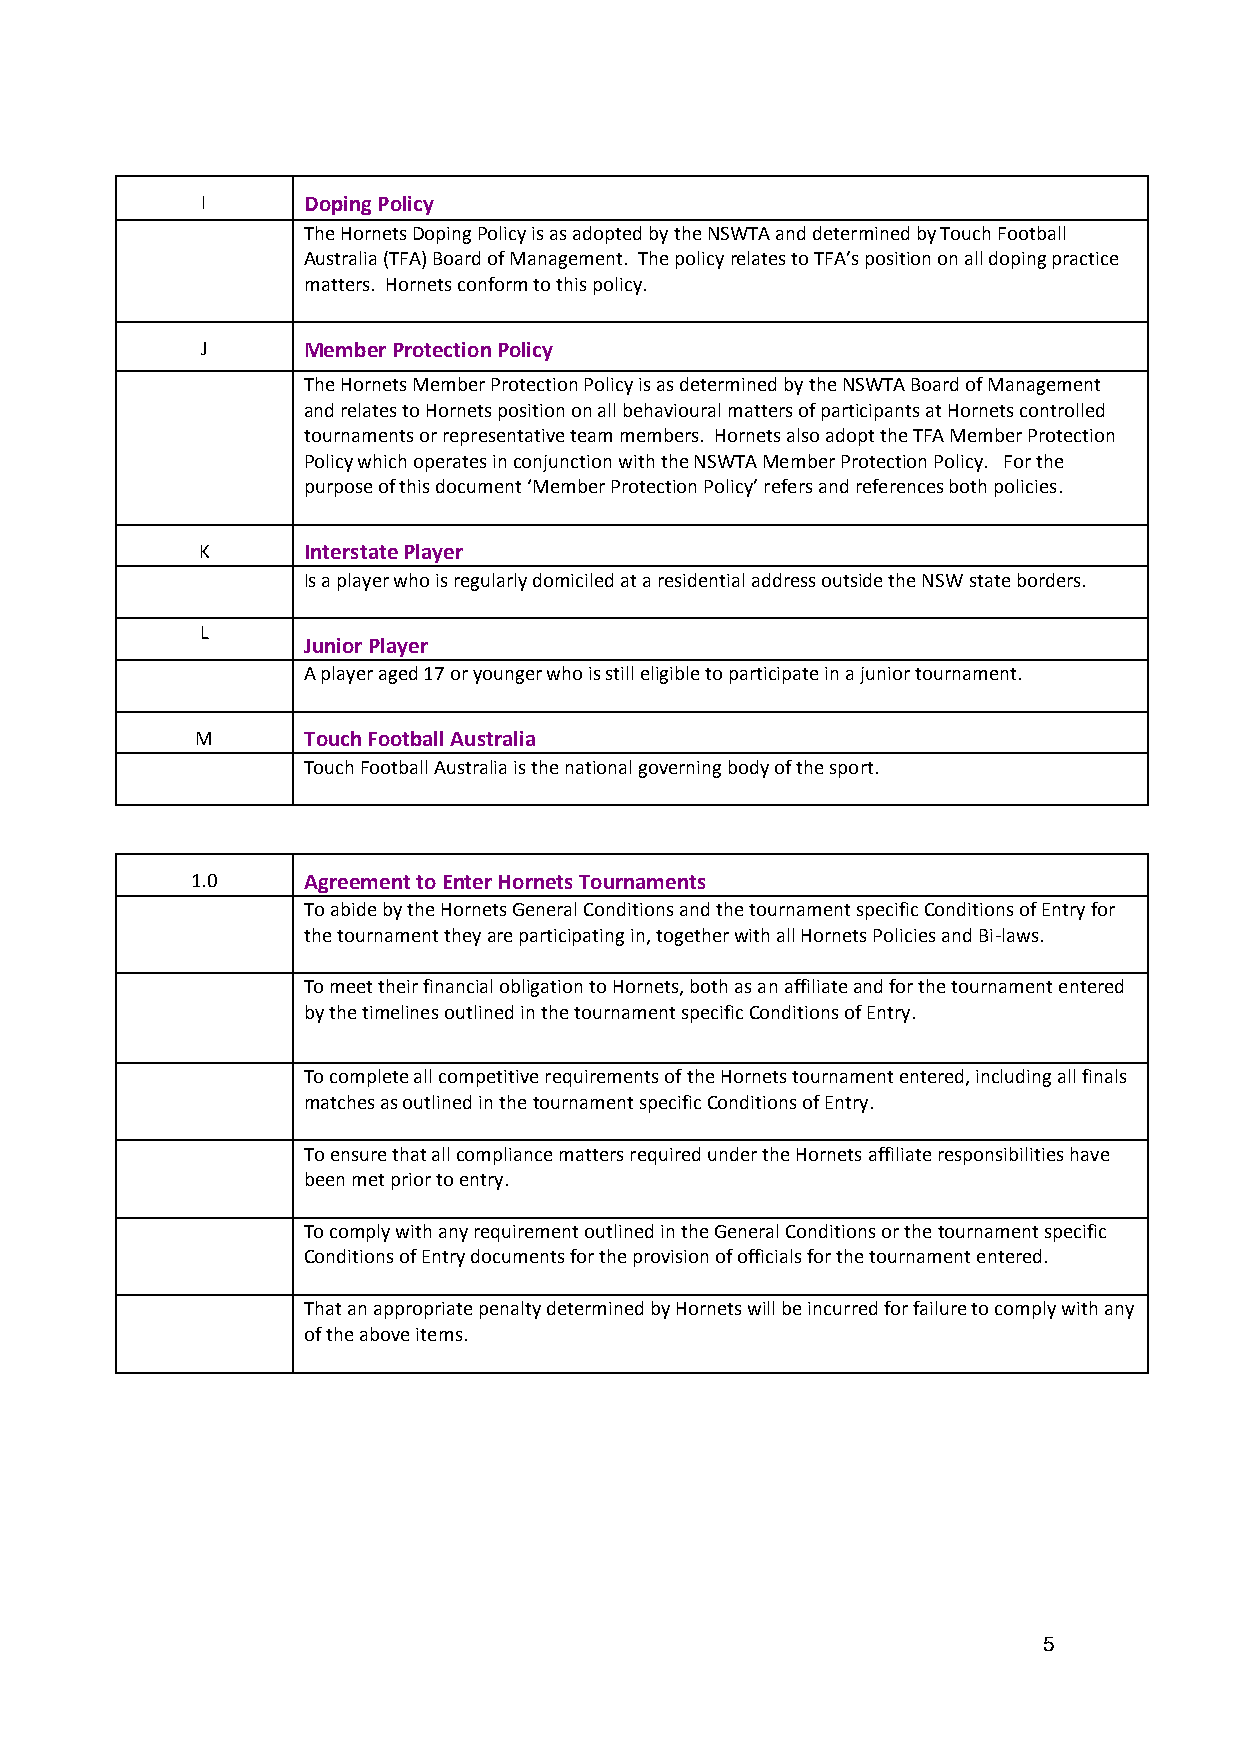
I      Doping Policy
 The Hornets Doping Policy is as adopted by the NSWTA and determined by Touch Football
 Australia (TFA) Board of Management. The policy relates to TFA’s position on all doping practice
 matters. Hornets conform to this policy.
 J      Member Protection Policy
 The Hornets Member Protection Policy is as determined by the NSWTA Board of Management
 and relates to Hornets position on all behavioural matters of participants at Hornets controlled
 tournaments or representative team members. Hornets also adopt the TFA Member Protection
 Policy which operates in conjunction with the NSWTA Member Protection Policy. For the
 purpose of this document ‘Member Protection Policy’ refers and references both policies.
 K      Interstate Player
 Is a player who is regularly domiciled at a residential address outside the NSW state borders.
 L
 Junior Player
 A player aged 17 or younger who is still eligible to participate in a junior tournament.
 M      Touch Football Australia
 Touch Football Australia is the national governing body of the sport.
 1.0    Agreement to Enter Hornets Tournaments
 To abide by the Hornets General Conditions and the tournament specific Conditions of Entry for
 the tournament they are participating in, together with all Hornets Policies and Bi-laws.
 To meet their financial obligation to Hornets, both as an affiliate and for the tournament entered
 by the timelines outlined in the tournament specific Conditions of Entry.
 To complete all competitive requirements of the Hornets tournament entered, including all finals
 matches as outlined in the tournament specific Conditions of Entry.
 To ensure that all compliance matters required under the Hornets affiliate responsibilities have
 been met prior to entry.
 To comply with any requirement outlined in the General Conditions or the tournament specific
 Conditions of Entry documents for the provision of officials for the tournament entered.
 That an appropriate penalty determined by Hornets will be incurred for failure to comply with any
 of the above items.
 5